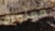
مملوءة